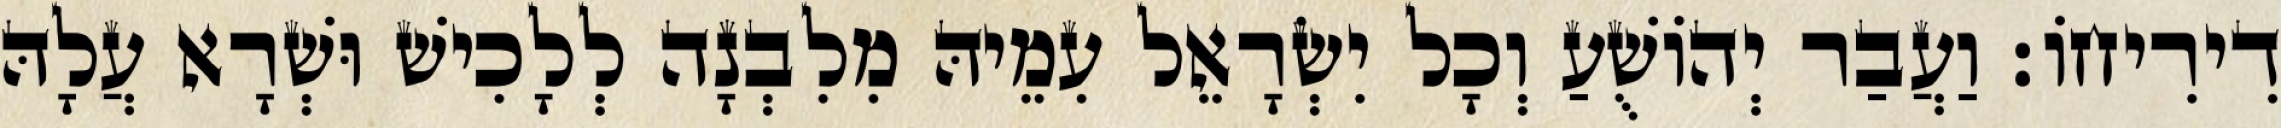
דִירִיחוֹ׃ וַעֲבַר יְהוֹשֻׁעַ וְכָל יִשְׂרָאֵל עִמֵיהּ מִלִבְנָה לְלָכִישׁ וּשְׁרָא עֲלָהּ